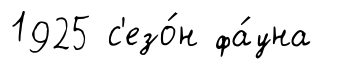
1925 с'езо́н фа́уна